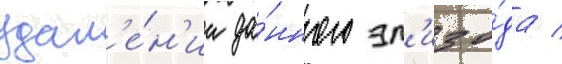
удал'е́н'ии да́нного эп'изо́да /